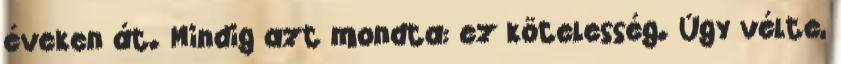
éveken át. Mindig azt mondta: ez kötelesség. Úgy vélte,